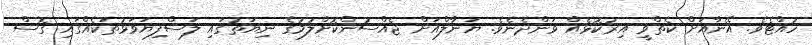
ހުއްޓެވެ. އޭނާއަށް ކެތްވީ އިރުކޮޅެއް ވަންދެނެވެ. ޔަނާލްއަށް ޖެއްސުންކޮށްލުމުގެ ނިޔަތުގައި ލަސްފިޔަވަޅުތަކެއްގައި ގޮސް